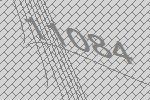
11084